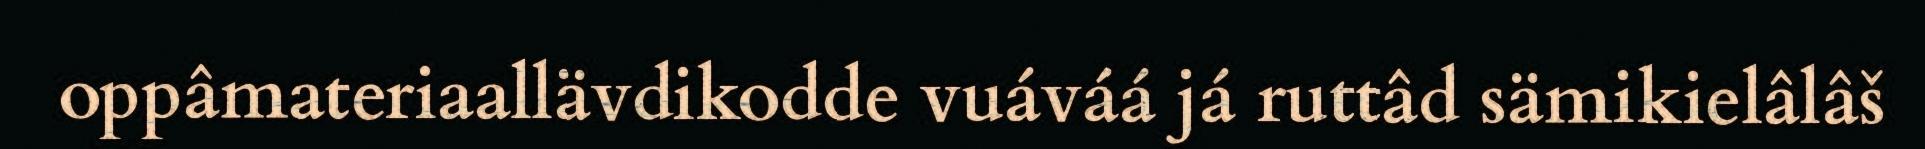
oppâmateriaallävdikodde vuáváá já ruttâd sämikielâlâš